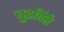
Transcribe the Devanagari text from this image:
बुडविते